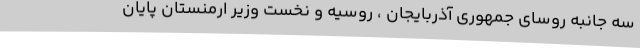
سه جانبه روسای جمهوری آذربایجان ، روسیه و نخست وزیر ارمنستان پایان